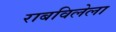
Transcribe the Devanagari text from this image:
राबविलेला